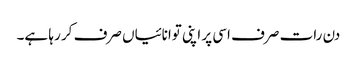
دن رات صرف اسی پر اپنی توانائیاں صرف کر رہا ہے۔